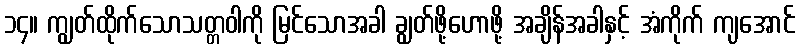
၁၄။ ကျွတ်ထိုက်သောသတ္တဝါကို မြင်သောအခါ ချွတ်ဖို့ဟောဖို့ အချိန်အခါနှင့် အံကိုက် ကျအောင်